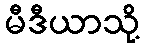
မီဒီယာသို့